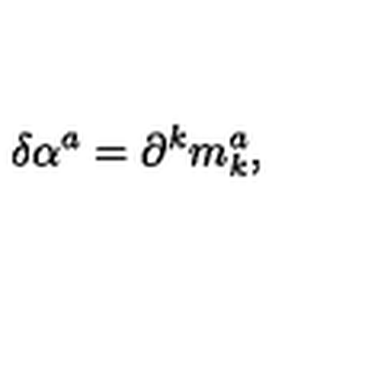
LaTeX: \delta \alpha ^ { a } = \partial ^ { k } m _ { k } ^ { a } ,